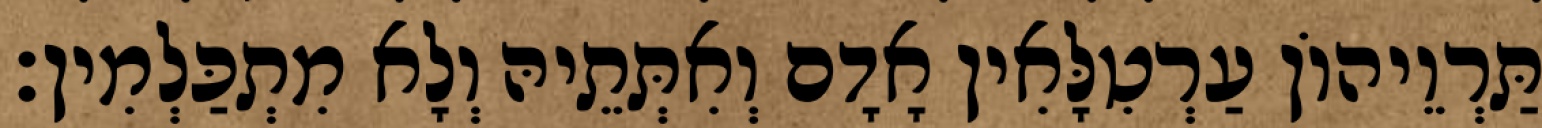
תַּרְוֵיהוֹן עַרְטִלָּאִין אָדָם וְאִתְּתֵיהּ וְלָא מִתְכַּלְמִין׃